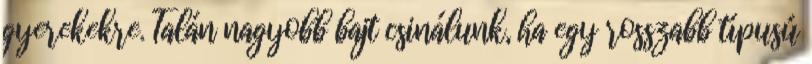
gyerekekre. Talán nagyobb bajt csinálunk, ha egy rosszabb típusú